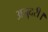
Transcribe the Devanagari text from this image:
अनुदरी।